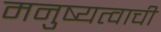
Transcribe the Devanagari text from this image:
मनुष्यत्वाची